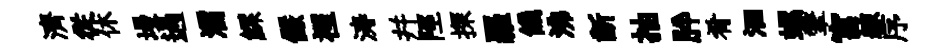
濟従休墁過濡鰥儼裡涛幷陘探羅饑沸齗抽肸肴洄螺鞶宫練序